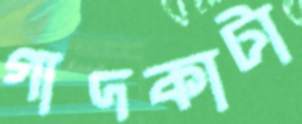
গাদকাটা